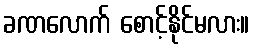
ခဏလောက် စောင့်နိုင်မလား။